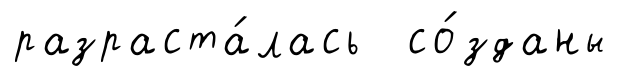
разраста́лась со́зданы